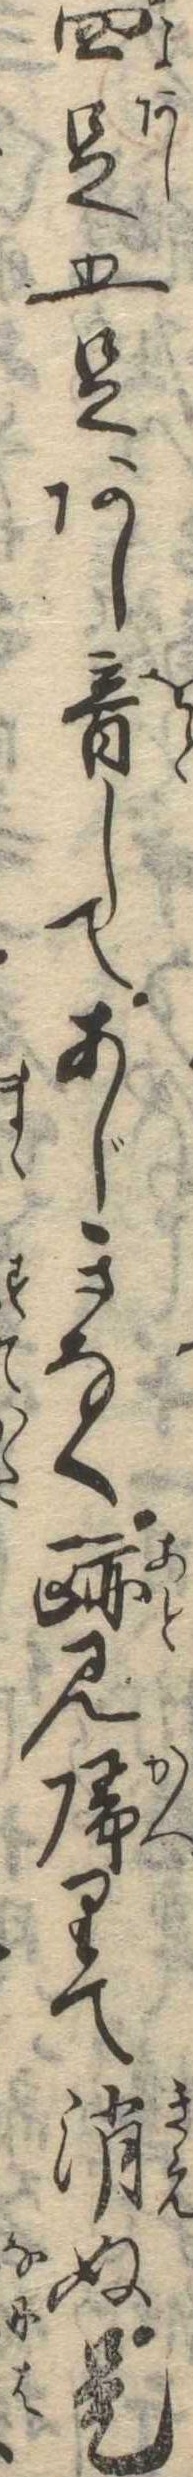
四足五足あし音してあじきなく跡見帰りて消ぬ是